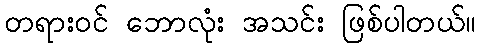
တရားဝင် ဘောလုံး အသင်း ဖြစ်ပါတယ်။